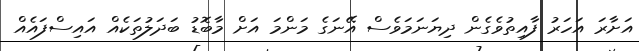
އަށާރަ އަހަރު ފާއިތުވެގެން ދިޔަނަމަވެސް އޭނަގެ މަންމަ އަށް މާބޮޑު ބަދަލުތަކެއް އައިސްފައެއް